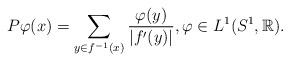
LaTeX: \begin{align*} P\varphi(x)=\sum_{y \in f^{-1}(x)}\frac{\varphi(y)}{|f'(y)|}, \varphi \in L^1(S^1,\mathbb{R}).\end{align*}